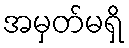
အမှတ်မရှိ